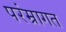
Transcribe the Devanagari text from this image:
परंम्रागत